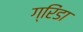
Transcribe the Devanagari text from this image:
ग्रिंडा